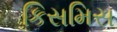
કિસમિસ